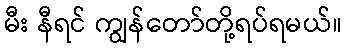
မီး နီရင် ကျွန်တော်တို့ရပ်ရမယ်။